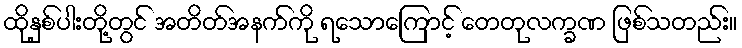
ထိုနှစ်ပါးတို့တွင် အတိတ်အနက်ကို ရသောကြောင့် တေတုလက္ခဏ ဖြစ်သတည်း။